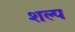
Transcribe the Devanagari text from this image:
शल्प